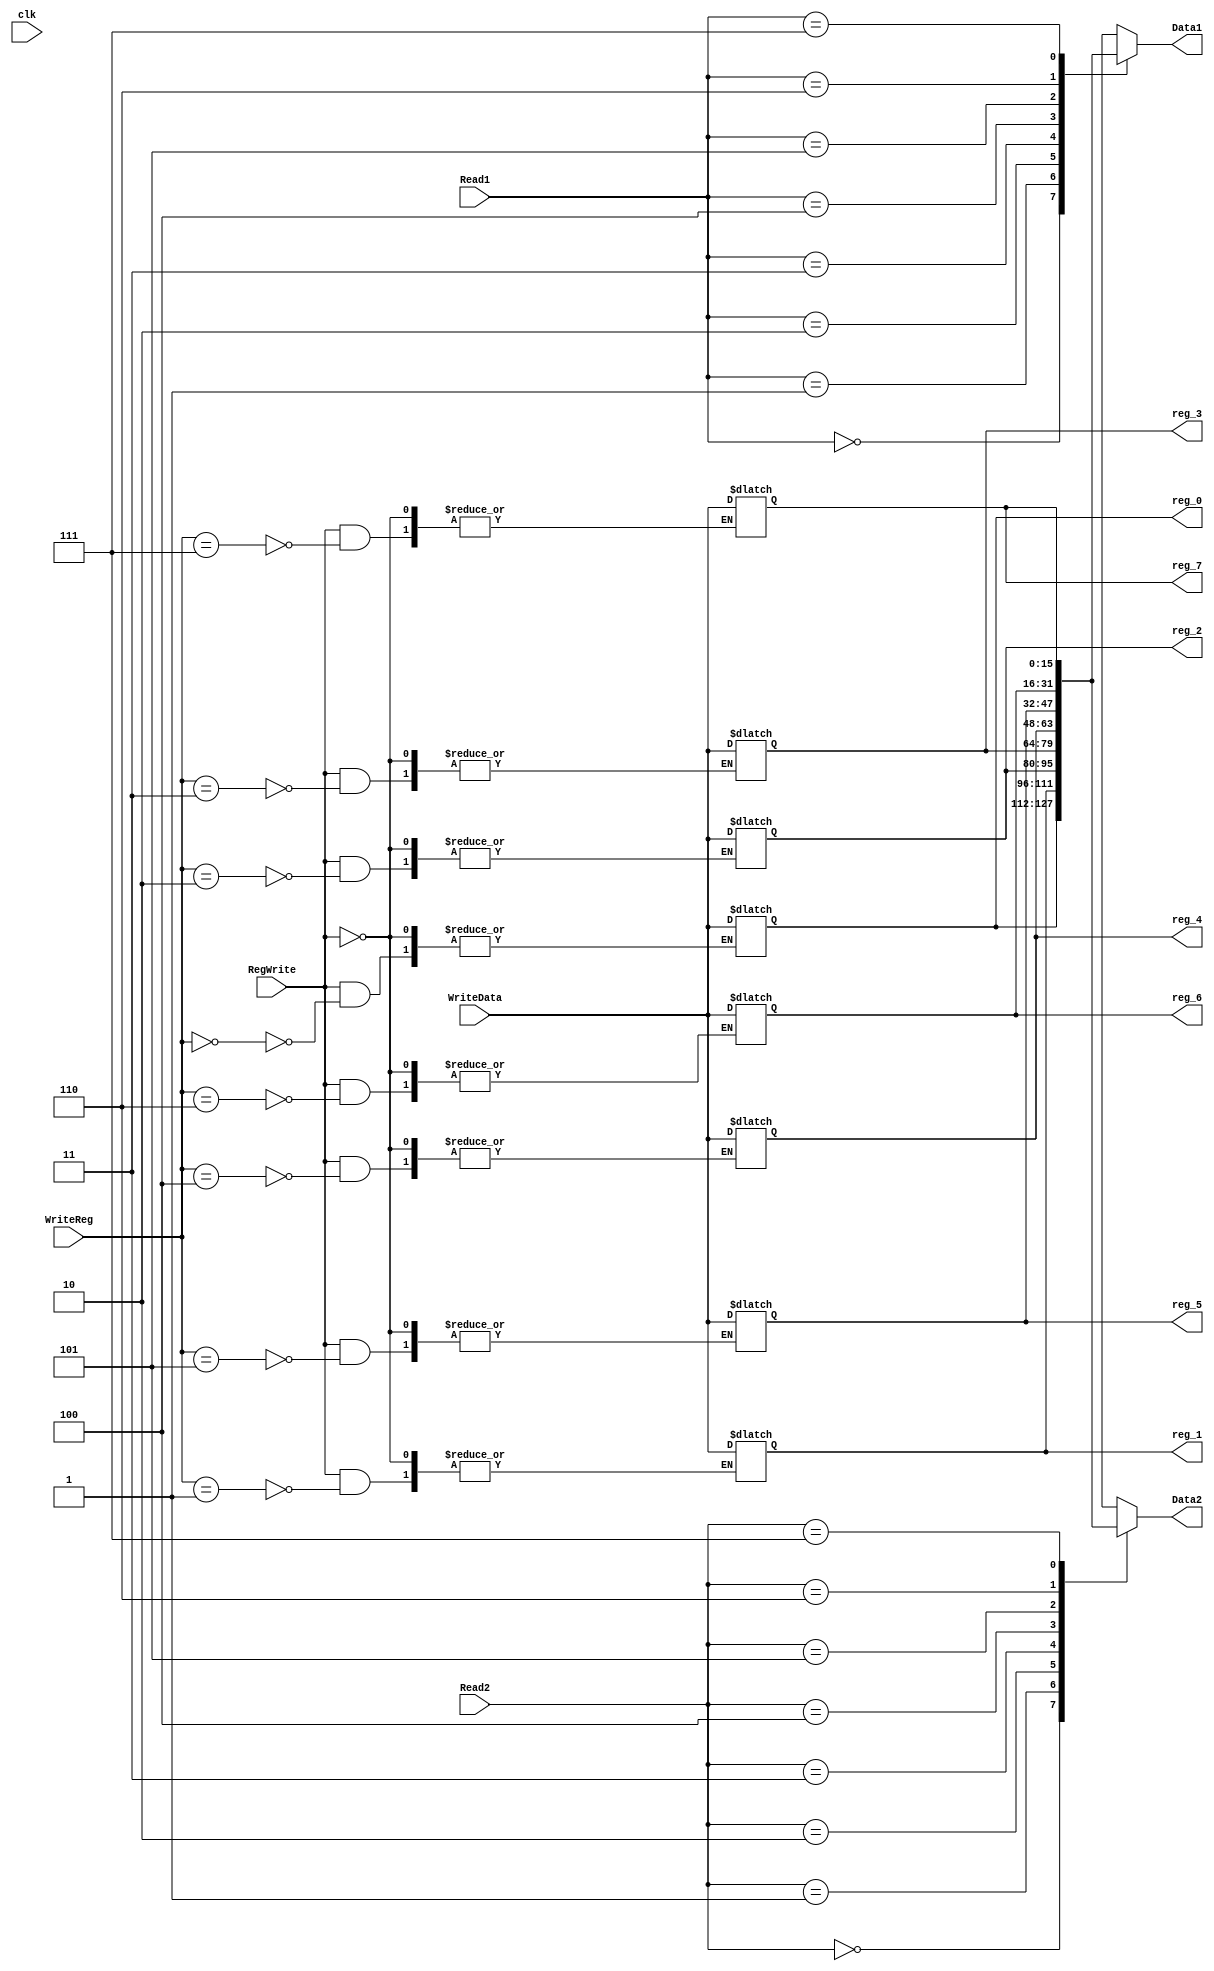
module RegisterFile(
	input [2:0] Read1,Read2,WriteReg,
	input [15:0] WriteData,
	input clk,RegWrite,
	output [15:0] Data1,Data2,
	output [15:0] reg_1,reg_2,reg_3,reg_4,reg_5,reg_6,reg_7,reg_0);
	reg [15:0] RegFile [7:0];
	assign Data1 = RegFile [Read1];
	assign Data2 = RegFile [Read2];
	assign reg_0 = RegFile[0];
	assign reg_1 = RegFile[1];
	assign reg_2 = RegFile[2];
	assign reg_3 = RegFile[3];
	assign reg_4 = RegFile[4];
	assign reg_5 = RegFile[5];
	assign reg_6 = RegFile[6];
	assign reg_7 = RegFile[7];
	always @ (WriteData) begin
		if(RegWrite==1'b1) begin
			case (WriteReg)
				0:RegFile [0] <= WriteData;
				1:RegFile [1] <= WriteData;
				2:RegFile [2] <= WriteData;
				3:RegFile [3] <= WriteData;
				4:RegFile [4] <= WriteData;
				5:RegFile [5] <= WriteData;
				6:RegFile [6] <= WriteData;
				7:RegFile [7] <= WriteData;
			endcase
		end
	end
endmodule